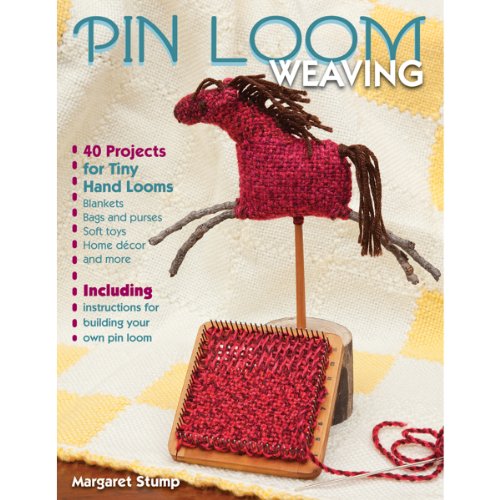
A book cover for Pin Loom Weaving: 40 Projects for Tiny Hand Looms; Margaret Stump; Crafts, Hobbies & Home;